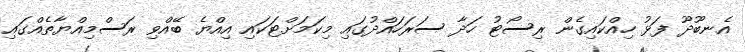
އެނބޫދޫ ފަޅު ހިއްކައިގެން ރިސޯޓު ހަދާ ސަރަހައްދުގައި މިކަމަށްޓަކައި އިއްޔެ ބޭއްވި ރަސްމިއްޔާތެއްގައި